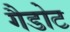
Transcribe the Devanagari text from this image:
गैडोट